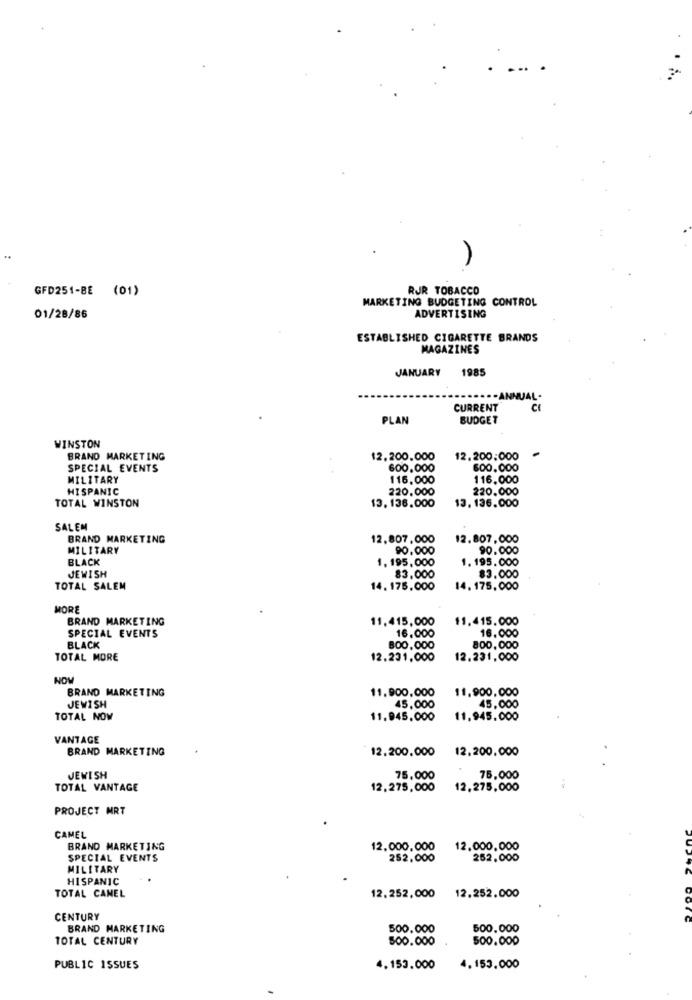
GFD251-BE (01)
RJR TOBACCO
MARKETING BUDGETING CONTROL
01/28/86
ADVERTISING
ESTABLISHED CIGARETTE BRANDS
MAGAZINES
JANUARY
1985
CURRENT
PLAN
BUDGET
WINSTON
BRAND MARKETING
12.200.000
12.200.000
-
SPECIAL EVENTS
600.000
600.000
MILITARY
116,000
116,000
HISPANIC
220.000
220.000
TOTAL WINSTON
13,136.000
13.136.000
SALEM
BRAND MARKETING
12.807,000
12.807,000
MILITARY
90.000
90.000
BLACK
1. 195,000
1. 195.000
JEWISH
83.000
83.000
TOTAL SALEM
14. 175.000
14. 175, 000
MORE
BRAND MARKETING
11.415,000
11.415.000
SPECIAL EVENTS
16.000
16.000
BLACK
800, 000
800,000
TOTAL MORE
12.231,000
12.231.000
NOW
BRAND MARKETING
11.900.000
11.900.000
JEWISH
45,000
45,000
TOTAL NOW
11.945.000
11.945.000
VANTAGE
BRAND MARKETING
12.200.000
12.200.000
JEWISH
75,000
75,000
TOTAL VANTAGE
12.275,000
12.275,000
PROJECT MRT
CAMEL
BRAND MARKETING
12.000,000
12.000.000
SPECIAL EVENTS
252.000
262.000
MILITARY
HISPANIC
TOTAL CANEL
12.252,000
12.252.000
CENTURY
BRAND MARKETING
500.000
500.000
TOTAL CENTURY
500.000
500.000
PUBLIC ISSUES
4.153.000
4.153.000